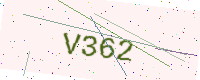
Text: V362